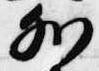
外